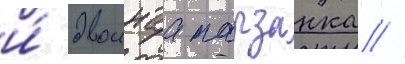
и́ двоинаа тарзанка //